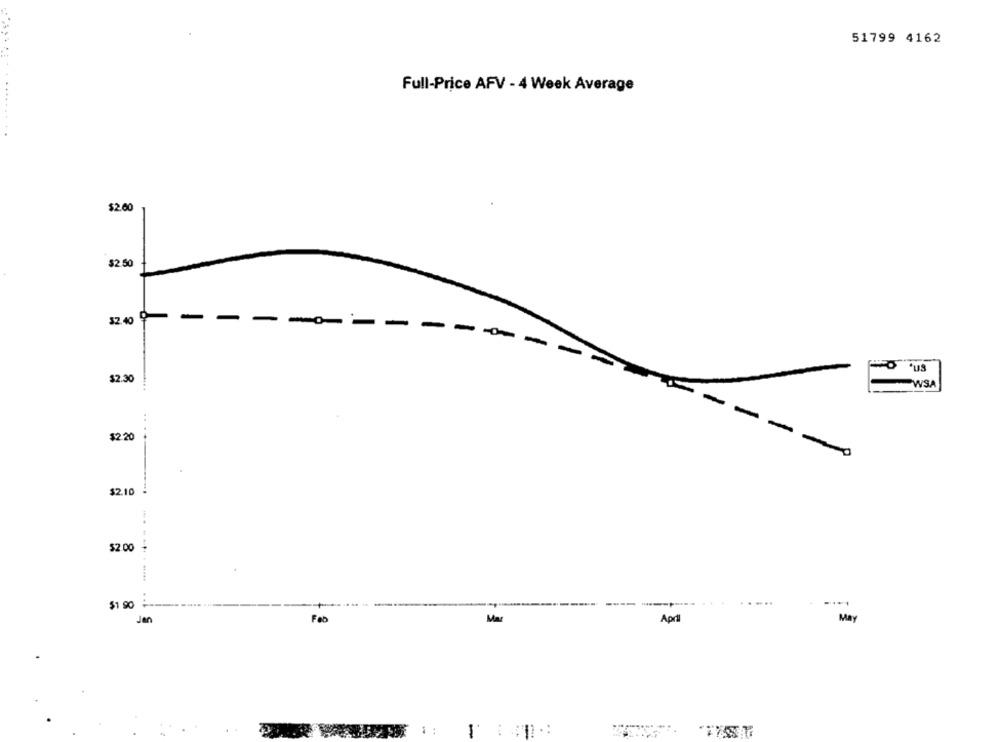
51799 4162
Full-Price AFV - 4 Week Average
$2.00
$2.50
32.40 9
-
$2.30
WSA
..
$2.20
-----
$2.10
$2.00
$1 90
Jen
Feb
Mar
April
May
1